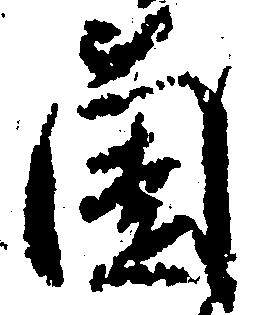
薗